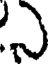
ఎ